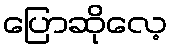
ပြောဆိုလေ့